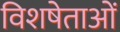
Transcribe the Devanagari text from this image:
विशषेताओं